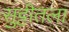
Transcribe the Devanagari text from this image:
सुट्टीतला